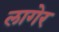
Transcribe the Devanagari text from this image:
लागेर